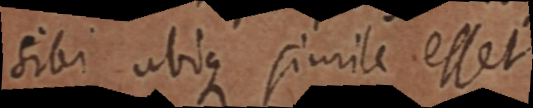
sibi ubique simile esset